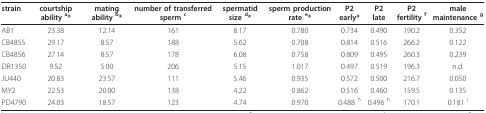
<table><thead><tr><td><b>strain</b></td><td><b>courtship ability <sup>a</sup>*</b></td><td><b>mating ability <sup>b</sup>*</b></td><td><b>number of transferred sperm <sup>c</sup></b></td><td><b>spermatid size <sup>d</sup>*</b></td><td><b>sperm production rate <sup>e</sup>*</b></td><td><b>P2 early*</b></td><td><b>P2 late</b></td><td><b>P2 fertility <sup>f</sup></b></td><td><b>male maintenance <sup>g</sup></b></td></tr></thead><tbody><tr><td>AB1</td><td>23.38</td><td>12.14</td><td>161</td><td>8.17</td><td>0.780</td><td>0.734</td><td>0.490</td><td>190.2</td><td>0.352</td></tr><tr><td>CB4855</td><td>29.17</td><td>8.57</td><td>188</td><td>5.62</td><td>0.708</td><td>0.814</td><td>0.516</td><td>266.2</td><td>0.122</td></tr><tr><td>CB4856</td><td>27.14</td><td>8.57</td><td>178</td><td>6.08</td><td>0.758</td><td>0.809</td><td>0.495</td><td>260.3</td><td>0.239</td></tr><tr><td>DR1350</td><td>9.52</td><td>5.00</td><td>206</td><td>5.15</td><td>1.017</td><td>0.497</td><td>0.519</td><td>196.3</td><td>n.d.</td></tr><tr><td>JU440</td><td>20.83</td><td>23.57</td><td>111</td><td>5.46</td><td>0.935</td><td>0.572</td><td>0.500</td><td>216.7</td><td>0.050</td></tr><tr><td>MY2</td><td>22.53</td><td>20.00</td><td>138</td><td>4.22</td><td>0.862</td><td>0.516</td><td>0.460</td><td>159.5</td><td>0.135</td></tr><tr><td>PD4790</td><td>24.03</td><td>18.57</td><td>123</td><td>4.74</td><td>0.970</td><td>0.488 <sup>h</sup></td><td>0.496 <sup>h</sup></td><td>170.1</td><td>0.181 <sup>i</sup></td></tr></tbody></table>